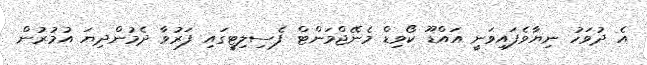
އެ ދުވަހު ނިޔާވެފައިވަނީ އައްޑޫ ކޯވިޑް މެނޭޖްމަންޓް ފެސިލިޓީގައި ފަރުވާ ދެމުންދިޔަ އުމުރުން